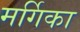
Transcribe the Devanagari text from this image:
मर्गिका